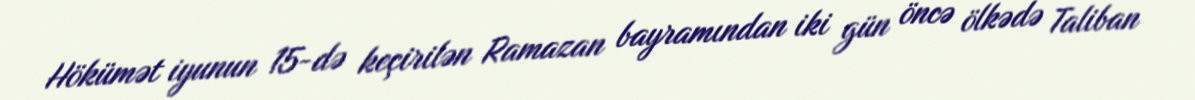
Hökümət iyunun 15-də keçirilən Ramazan bayramından iki gün öncə ölkədə Taliban